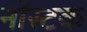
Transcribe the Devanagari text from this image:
नॉस्टक